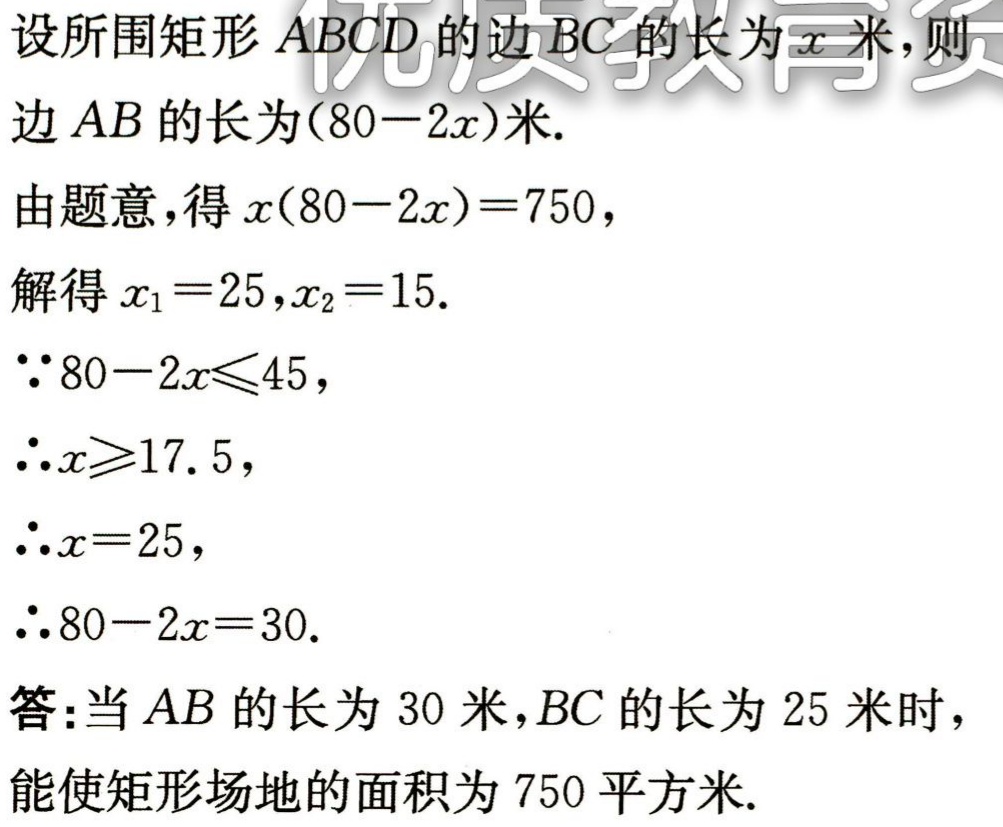
设所围矩形 \(ABCD\) 的边 \(BC\) 的长为 \(x\) 米，则
边 \(AB\) 的长为\((80 - 2x)\)米.
由题意，得 \(x(80 - 2x)=750\)，
解得 \(x_{1}=25,x_{2}=15\).
\(\because 80 - 2x\leqslant45\)，
\(\therefore x\geqslant17.5\)，
\(\therefore x = 25\)，
\(\therefore 80 - 2x = 30\).
答：当 \(AB\) 的长为 \(30\) 米，\(BC\) 的长为 \(25\) 米时，
能使矩形场地的面积为 \(750\) 平方米.